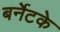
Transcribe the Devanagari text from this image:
बर्नेटके